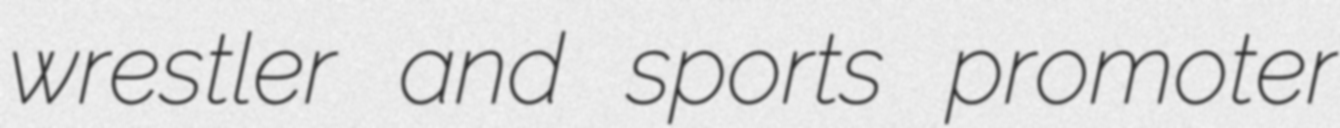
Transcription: wrestler and sports promoter